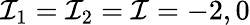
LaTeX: \mathcal{I}_{1}=\mathcal{I}_{2}=\mathcal{I}=-2,0